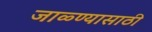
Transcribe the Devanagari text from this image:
जाळ्ण्यासाठी